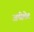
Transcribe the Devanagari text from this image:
अपीलेट